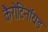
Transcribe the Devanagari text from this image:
कैरोटिनॉयड